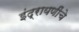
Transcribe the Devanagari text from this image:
इंद्रायणींचे